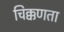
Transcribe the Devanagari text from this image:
चिक्कणता